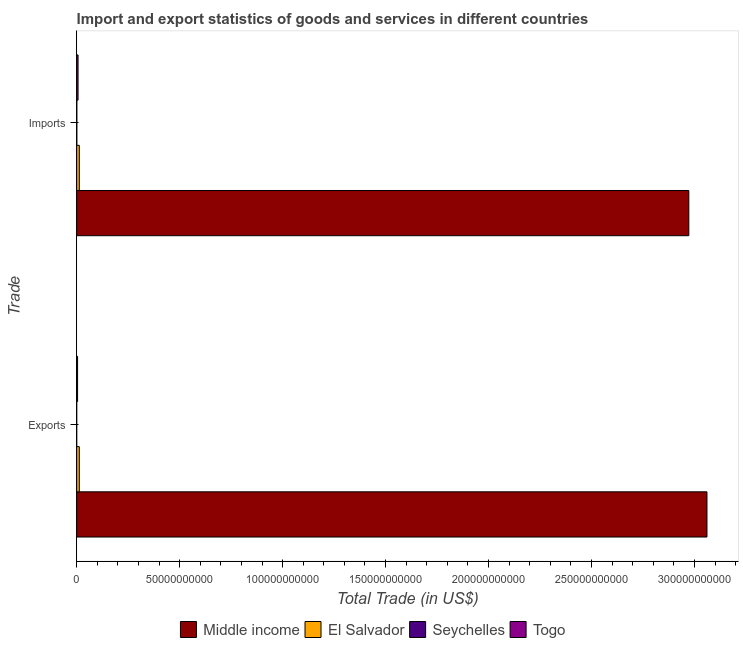
| Trade | Middle income | El Salvador | Seychelles | Togo |
 | --- | --- | --- | --- | --- |
 | Exports | 3.06e+11 | 1.28e+09 | 2.19e+07 | 4.46e+08 |
 | Imports | 2.97e+11 | 1.29e+09 | 8.44e+07 | 6.8e+08 |